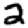
Digit: 2